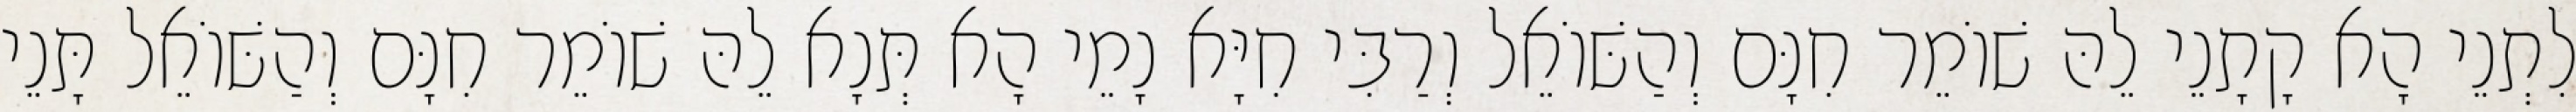
לִתְנֵי הָא קָתָנֵי לֵהּ שׁוֹמֵר חִנָּם וְהַשּׁוֹאֵל וְרַבִּי חִיָּא נָמֵי הָא תְּנָא לֵהּ שׁוֹמֵר חִנָּם וְהַשּׁוֹאֵל תָּנֵי